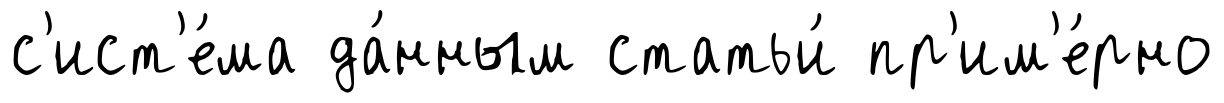
с'ист'е́ма да́нным статьи́ пр'им'е́рно